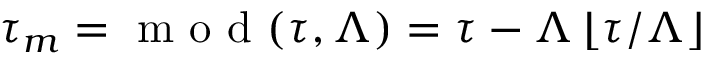
\tau _ { m } = \textrm { m o d } ( \tau , \Lambda ) = \tau - \Lambda \left\lfloor \tau / \Lambda \right\rfloor